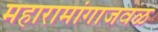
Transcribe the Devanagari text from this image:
महारामांगाजवळ